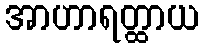
အာဟာရတ္ထာယ